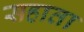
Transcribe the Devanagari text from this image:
सहाता